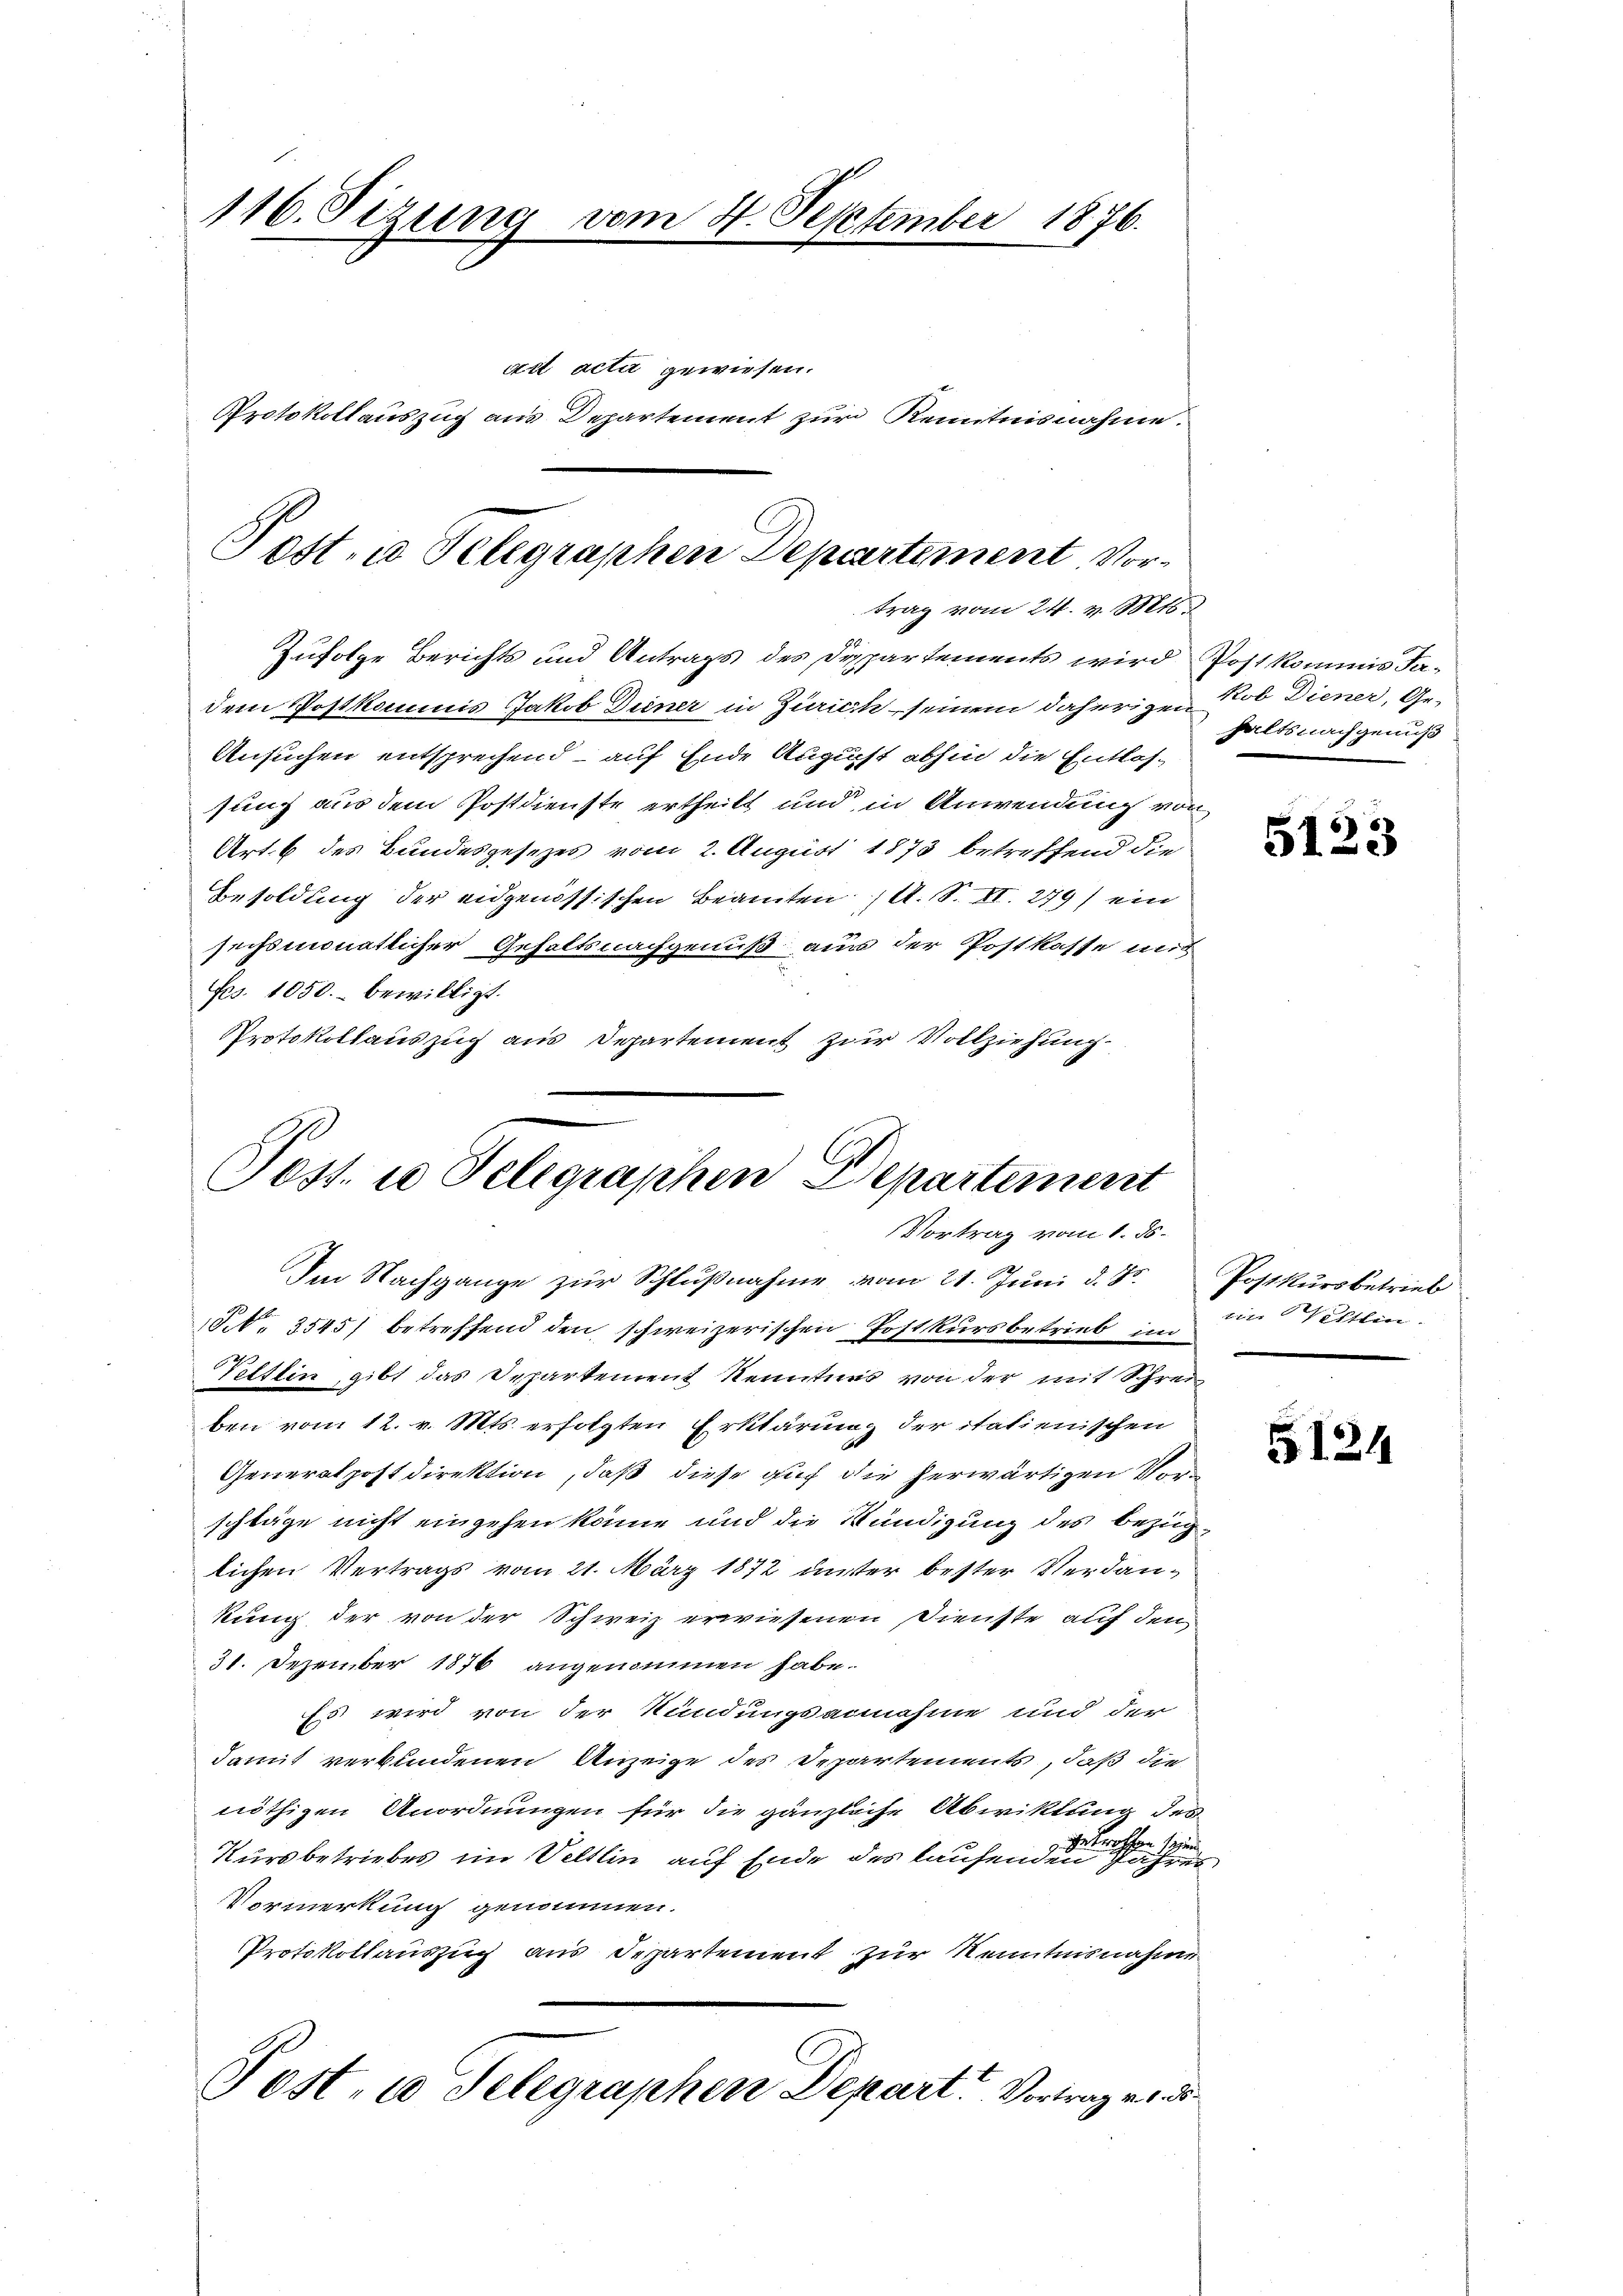
116. Sizung vom 4. September 1876.

Zufolge Berichts und Antrags des Dispartements wird Post kommis Fadem Postkommis Jakob Deiner in Zürich seinem daherigen
Ansuchen entsprechend – auf Ende August abhin die Entlas-
sung aus dem Postdienste ertheilt und in Anwendung von
Art. 6 des Bundesgesezes vom 2. August 1873 betreffend die
Besoldung der eidgenössischen Beamten   A. S. II. 279) ein
sechsmonatlicher Gehaltsnachgenuß aus der Postkasse mit
Frs. 1050.- bewilligt.
Protokollauszug aus Departement zur Vollziehung

Post- u. Telegraphen Departement Vortrag vom 24. v. Mts.

Poss. in Telegraphen Departement
Vortrag vom 1. ds.
Ien Nachgange zŭr Schlŭβnahme vom 21. Juni d. Js. Postkursbetrieb

act acta gewiesen.
Protokollauszug aus Departement zur Kenntnisnahme.

§. 3545) betreffend den schweizerischen Postkursbetrieb im
Telttin, gibt das Departement Kenntnis von der mit Schrei
ben vom 12. v. Mts. erfolgten Erklärung der italienischen
Generalpostdirektion, daß diese auf die herwärtigen Verschläge nicht eingehen könne und die Kündigung des bezüglichen Vertrags vom 21. März 1872 unter bester Verdankung der von der Schweiz erwiesenen Dienste auf den
31. Dezember 1876 angenommen habe.
Es wird von der Kündungsannahme und der
damit verbundenen Anzeige des Departements, daß die
nöthigen Anordnungen für die gänzliche Abwicklung des
getroffen
p
Kursbetriebes im Veltlin auf Ende des laufenden Jahres¬
Vormerkung genommen.
Protokollauszug aus Departement zur Kenntnisnahme
Post- u Selegraphen Depart. Vortrag ein¬

kob Diener, Ge-
halts nachgenuß

5123

tige Verein.

e
3124